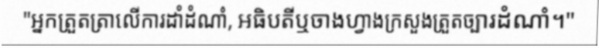
"អ្នកត្រួតត្រាលើការដាំដំណាំ, អធិបតីឬចាងហ្វាងក្រសួងត្រួតច្បារដំណាំ។"